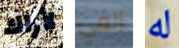
لأراك الفي له